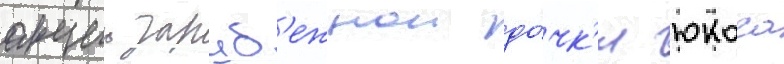
акции заруб'ежнои до́чк'и юкоса